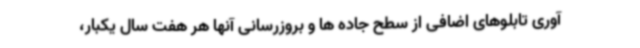
آوری تابلوهای اضافی از سطح جاده ها و بروزرسانی آنها هر هفت سال یکبار،